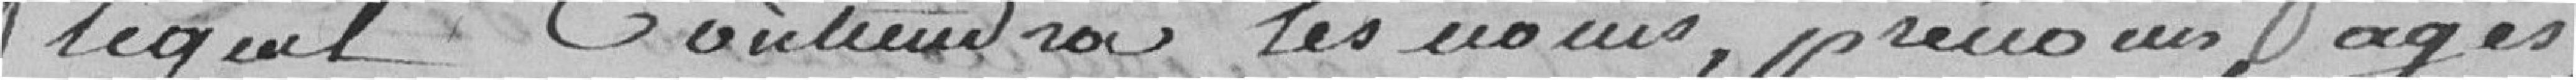
lequel contiendra les noms, prénoms, ages,